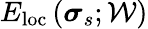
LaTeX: E_{\mathrm{loc}}\left(\boldsymbol{\sigma}_{s};\mathcal{W}\right)